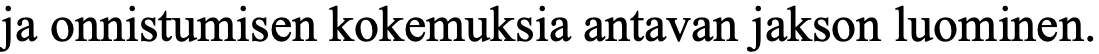
ja onnistumisen kokemuksia antavan jakson luominen.